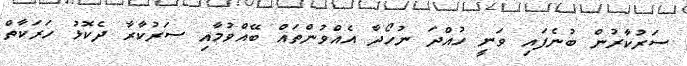
ސަރުކާރުން ބުނެފައި ވަނީ ހުއްދަ ނުހޯދާ އެއްވުންތައް ބޭއްވުމާއި ސަރުކާރާ ދެކޮޅު ހަރަކާތް